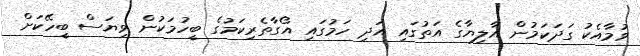
ވުމާއެކު ގަދަކަމުން އާލިޔާގެ އަތުގައި އަދި ހަމުގައި އޯގާތެރިކަމުގެ ބީހުމަކުން ވިޔަސް ބީހޭކަށް